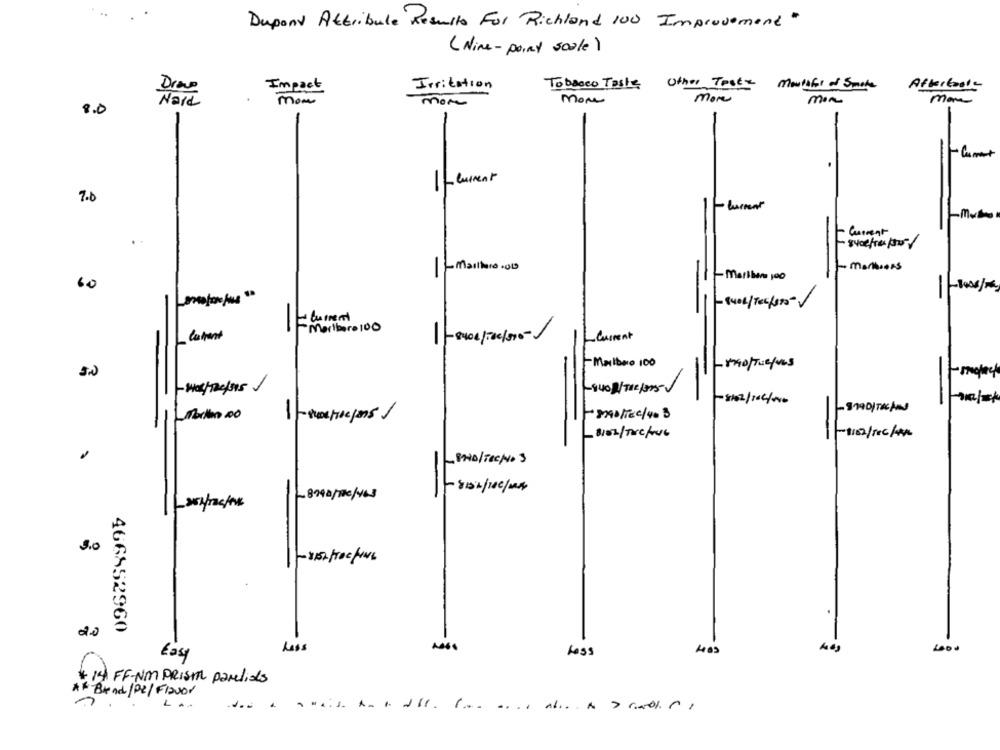
Dupont Attribule Results For Richland 100 Improvement"
( Nine-point scale)
Drap
Impact
Irritation
Tobacco Toshe
Other Test Mouthful of Smoke
Aftertools
Nard
mon
mon
Mone
more
mon
man
8.0
-Comment
1-current
7.0
-Current
Current
sycefre/
11- mailhere.01
- mansers
-Maribor 100
6.0
ECurrent
Marlboro 100
latrent
-Current
Marlboro 100
-
-5/02/104/00
-
-
Morethan 100
MONTEc /40 $
8102/ Tre fou6
-BAND/TECHNO3
8998/me/yes
3.0
-1152proc/
466852960
20
Ross
Easy
+ 14 FF-NM PRISHT parelias
** Brand/PZ/Flavor
LA.